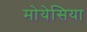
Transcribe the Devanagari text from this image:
मोयेसिया